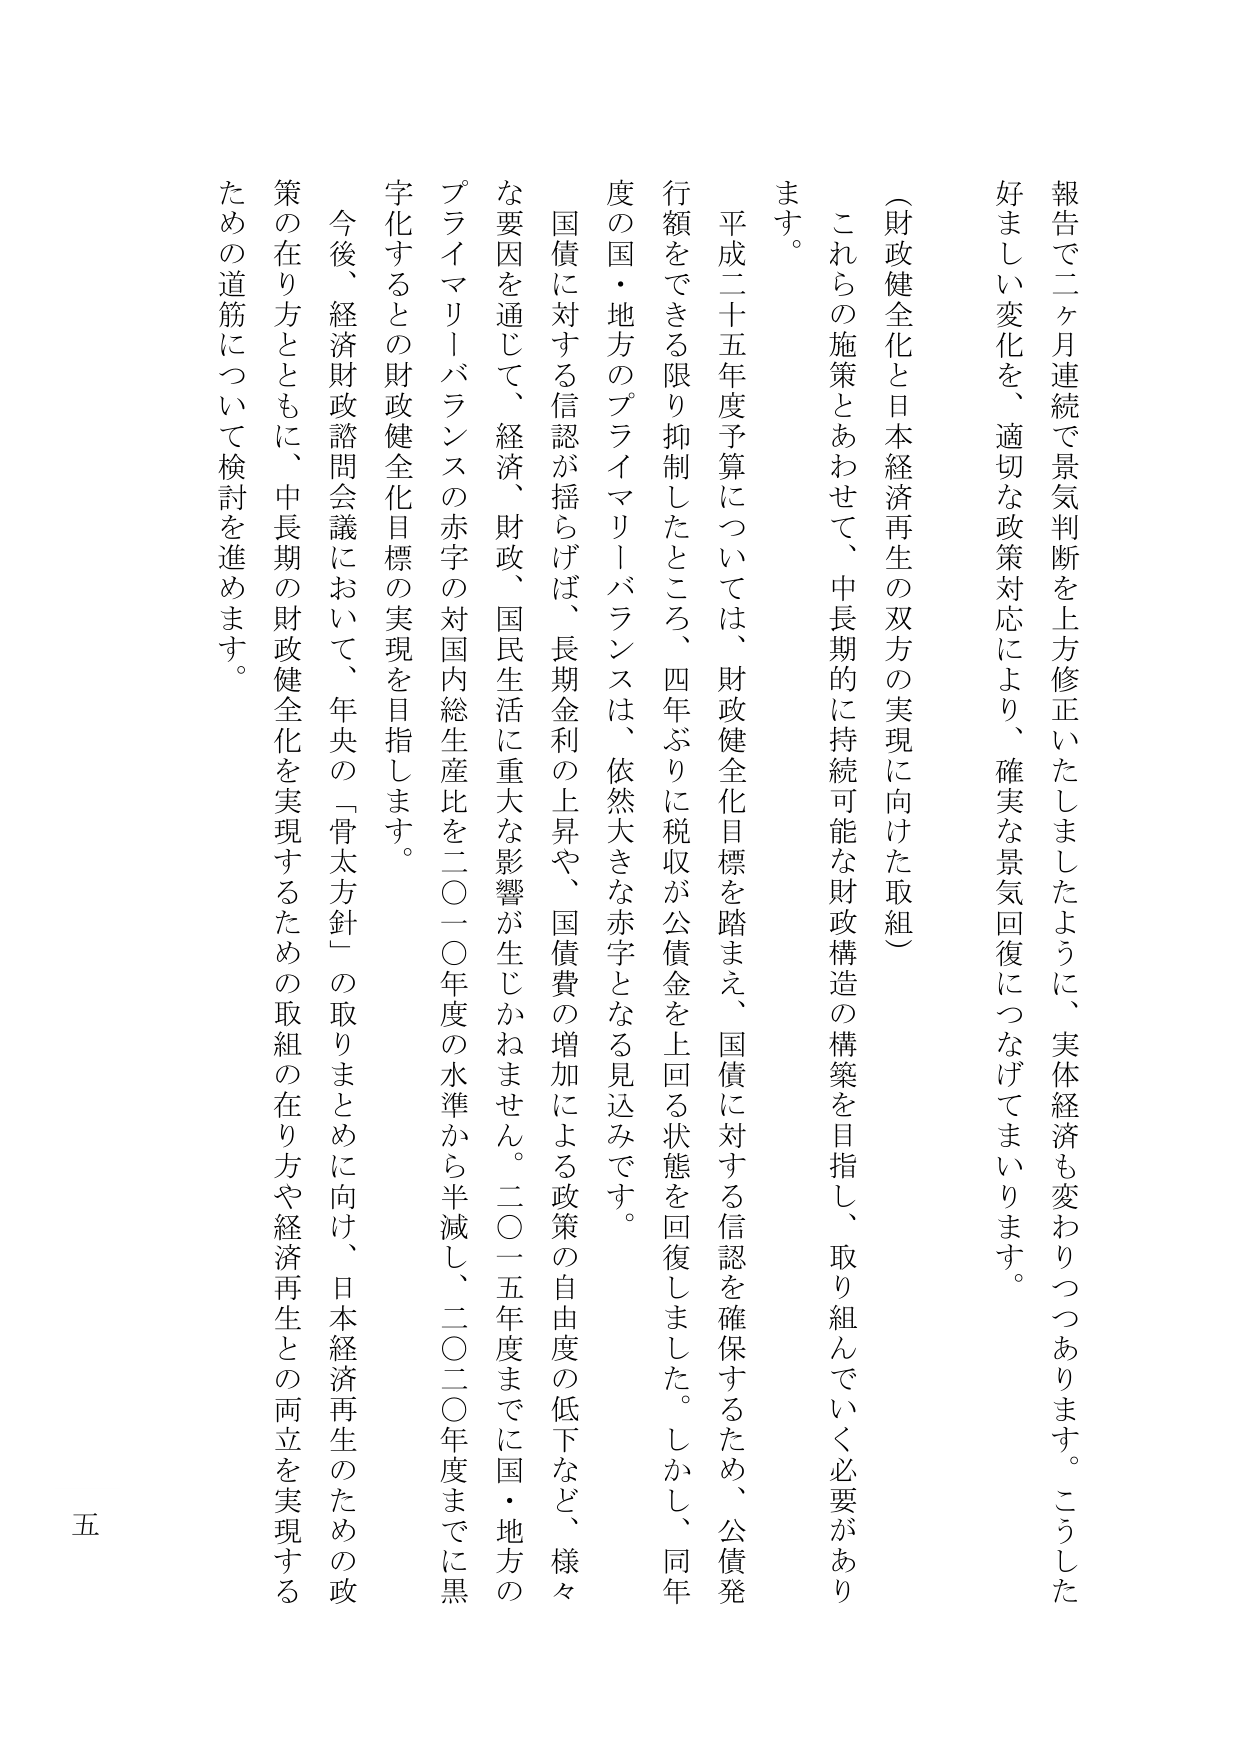
報告で二ヶ月連続で景気判断を上方修正いたしましたように、実体経済も変わりつつあります。こうした好ましい変化を、適切な政策対応により、確実な景気回復につなげてまいります。

（財政健全化と日本経済再生の双方の実現に向けた取組）

これらの施策とあわせて、中長期的に持続可能な財政構造の構築を目指し、取り組んでいく必要があります。

平成二十五年度予算については、財政健全化目標を踏まえ、国債に対する信認を確保するため、公債発行額をできる限り抑制したところ、四年ぶりに税収が公債金を上回る状態を回復しました。しかし、同年度の国・地方のプライマリーバランスは、依然大きな赤字となる見込みです。

国債に対する信認が揺らげば、長期金利の上昇や、国債費の増加による政策の自由度の低下など、様々な要因を通じて、経済、財政、国民生活に重大な影響が生じかねません。二〇一五年度までに国・地方のプライマリーバランスの赤字の対国内総生産比を二〇一〇年度の水準から半減し、二〇二〇年度までに黒字化するとの財政健全化目標の実現を目指します。

今後、経済財政諮問会議において、年央の「骨太方針」の取りまとめに向け、日本経済再生のための政策の在り方とともに、中長期の財政健全化を実現するための取組の在り方や経済再生との両立を実現するための道筋について検討を進めます。

五